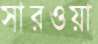
সারওয়া